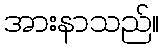
အားနာသည်။